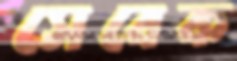
সেবেক